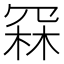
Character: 𮰅